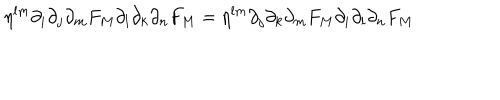
\eta ^ { l m } \partial _ { i } \partial _ { j } \partial _ { m } F _ { M } \partial _ { l } \partial _ { k } \partial _ { n } F _ { M } = \eta ^ { l m } \partial _ { j } \partial _ { k } \partial _ { m } F _ { M } \partial _ { i } \partial _ { l } \partial _ { n } F _ { M }